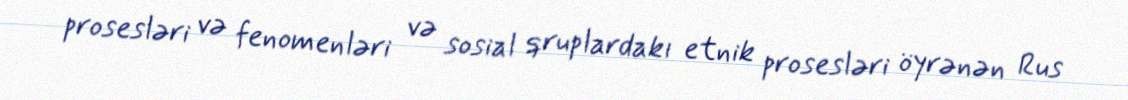
prosesləri və fenomenləri və sosial qruplardakı etnik prosesləri öyrənən Rus